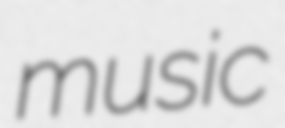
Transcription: music